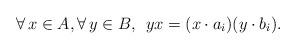
LaTeX: \begin{align*}\forall \, x \in A, \forall \, y \in B, \:\: yx = (x \cdot a_i)(y \cdot b_i) .\end{align*}